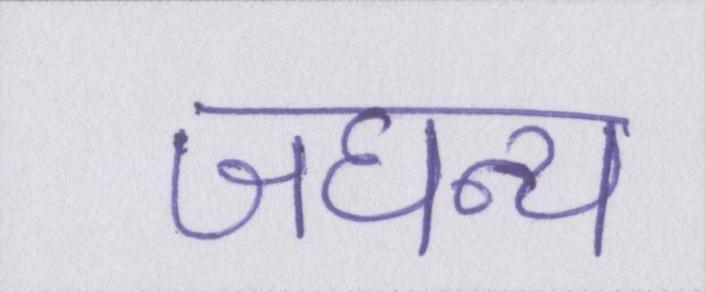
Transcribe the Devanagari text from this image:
जघन्य